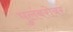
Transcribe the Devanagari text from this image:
पुलंबरोबर